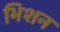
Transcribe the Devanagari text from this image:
भिशन